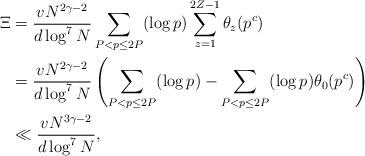
LaTeX: \begin{align*}\Xi&=\frac{vN^{2\gamma-2}}{d\log^7N}\sum_{P<p\leq 2P}(\log p)\sum_{z=1}^{2Z-1}\theta_{z}(p^c)\\&=\frac{vN^{2\gamma-2}}{d\log^7N}\left(\sum_{P<p\leq 2P}(\log p)-\sum_{P<p\leq 2P}(\log p)\theta_{0}(p^c)\right)\\&\ll \frac{vN^{3\gamma-2}}{d\log^7N},\end{align*}